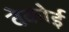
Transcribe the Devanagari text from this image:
वेकोई